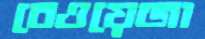
বেওয়েজা